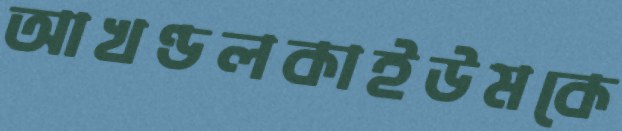
আখণ্ডলকাইউমকে